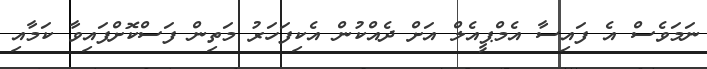
ނަމަވެސް އެ ފައިސާ އެމްޕީއެލް އަށް ދެއްކުން އެކިފަހަރު މަތިން ފަސްކޮށްފައިވާ ކަމާއި